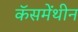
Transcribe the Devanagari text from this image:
कॅसमेंथीन